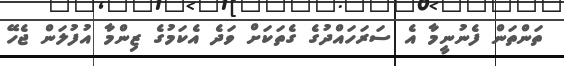
ތަންތަން ފެނުނީމާ އެ ސަރަހައްދުގެ ގެތަކަށް ވަދެ އެކަމުގެ ޒިންމާ އުފުލަން ޖެހޭ